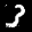
Label: 3